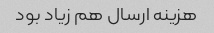
هزینه ارسال هم زیاد بود